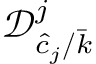
\mathcal { D } _ { \hat { c } _ { j } / \bar { k } } ^ { j }